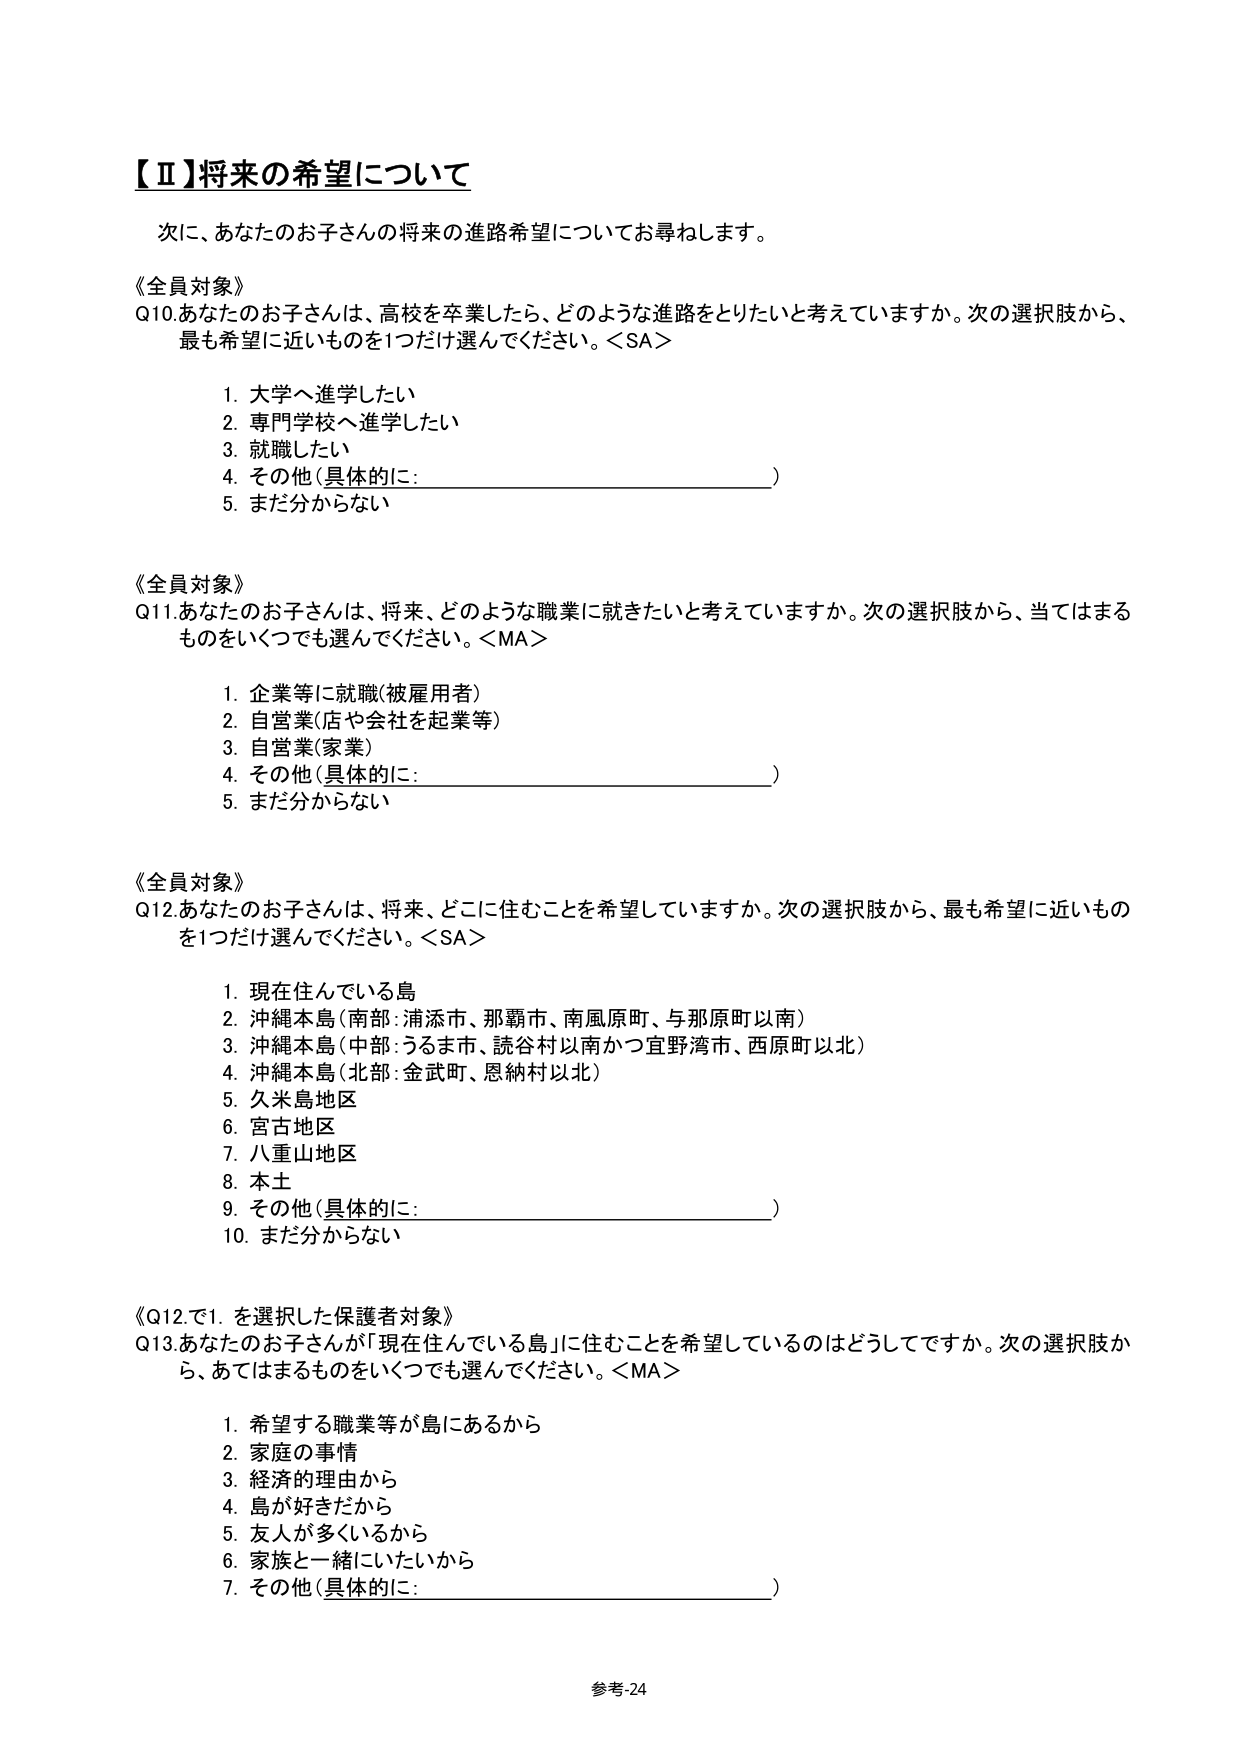
【Ⅱ】将来の希望について

次に、あなたのお子さんの将来の進路希望についてお尋ねします。

《全員対象》
Q10. あなたのお子さんは、高校を卒業したら、どのような進路をとりたいと考えていますか。次の選択肢から、最も希望に近いものを1つだけ選んでください。＜SA＞

1. 大学へ進学したい
2. 専門学校へ進学したい
3. 就職したい
4. その他（具体的に：________________________）
5. まだ分からない

《全員対象》
Q11. あなたのお子さんは、将来、どのような職業に就きたいと考えていますか。次の選択肢から、当てはまるものをいくつでも選んでください。＜MA＞

1. 企業等に就職（被雇用者）
2. 自営業（店や会社を起業等）
3. 自営業（家業）
4. その他（具体的に：________________________）
5. まだ分からない

《全員対象》
Q12. あなたのお子さんは、将来、どこに住むことを希望していますか。次の選択肢から、最も希望に近いものを1つだけ選んでください。＜SA＞

1. 現在住んでいる島
2. 沖縄本島（南部：浦添市、那覇市、南風原町、与那原町以南）
3. 沖縄本島（中部：うるま市、読谷村以南かつ宜野湾市、西原町以北）
4. 沖縄本島（北部：金武町、恩納村以北）
5. 久米島地区
6. 宮古地区
7. 八重山地区
8. 本土
9. その他（具体的に：________________________）
10. まだ分からない

《Q12で1. を選択した保護者対象》
Q13. あなたのお子さんが「現在住んでいる島」に住むことを希望しているのはどうしてですか。次の選択肢から、あてはまるものをいくつでも選んでください。＜MA＞

1. 希望する職業等が島にあるから
2. 家庭の事情
3. 経済的理由から
4. 島が好きだから
5. 友人が多くいるから
6. 家族と一緒にいたいから
7. その他（具体的に：________________________）

参考-24